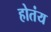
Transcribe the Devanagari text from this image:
होतंय